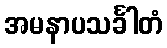
အမနာပသင်္ခါတံ